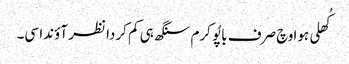
کُھلی ہوا وچ صرف باپُو کرم سنگھ ہی کم کردا نظر آؤندا سی۔